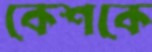
কেশকে